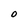
Character: O